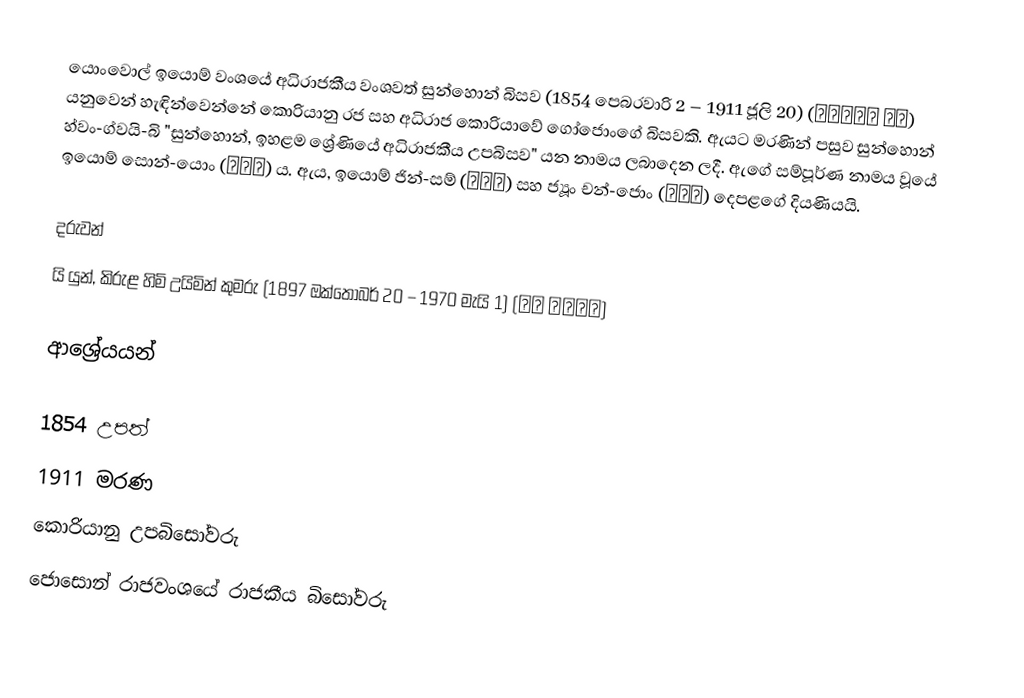
යොංවොල් ඉයොම් වංශයේ අධිරාජකීය වංශවත් සුන්හොන් බිසව (1854 පෙබරවාරි 2 – 1911 ජූලි 20) (순헌황귀비 엄씨) යනුවෙන් හැඳින්වෙන්නේ කොරියානු රජ සහ අධිරාජ කොරියාවේ ගෝජොංගේ බිසවකි. ඇයට මරණින් පසුව සුන්හොන් හ්වං-ග්වයි-බි "සුන්හොන්, ඉහළම ශ්‍රේණියේ අධිරාජකීය උපබිසව" යන නාමය ලබාදෙන ලදී. ඇගේ සම්පූර්ණ නාමය වූයේ ඉයොම් සොන්-යොං (엄선영) ය. ඇය, ඉයොම් ජින්-සම් (엄진삼) සහ ජ්‍යූං චන්-ජොං (증찬정) දෙපළගේ දියණියයි.

දරුවන්
යි යුන්, කිරුළ හිමි උයිමින් කුමරු (1897 ඔක්තෝබර් 20 – 1970 මැයි 1) (이은 의민태자)

ආශ්‍රේයයන්

1854 උපත්
1911 මරණ
කොරියානු උපබිසෝවරු
ජොසොන් රාජවංශයේ රාජකීය බිසෝවරු